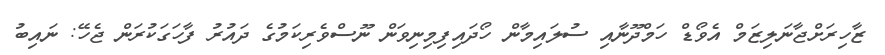
ޒާހިރަށްޖާނަލިޒަމް އެވޯޑް ހަމްދޫނާއި ސުލައިމާން ހޯދައިފިމިނިވަން ނޫސްވެރިކަމުގެ ދައުރު ފާހަގަކުރަން ޖެހޭ: ނައިބު